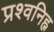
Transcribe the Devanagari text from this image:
प्रश्वनिह्न